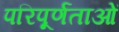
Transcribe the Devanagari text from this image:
परिपूर्णताओं